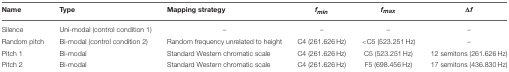
<table><thead><tr><td><b>Name</b></td><td><b>Type</b></td><td><b>Mapping strategy</b></td><td><b><i>f<sub><i>min</i></sub></i></b></td><td><b><i>f<sub><i>max</i></sub></i></b></td><td><b><i>Δf</i></b></td></tr></thead><tbody><tr><td>Silence</td><td>Uni-modal (control condition 1)</td><td>–</td><td>–</td><td>–</td><td>–</td></tr><tr><td>Random pitch</td><td>Bi-modal (control condition 2)</td><td>Random frequency unrelated to height</td><td>C4 (261.626 Hz)</td><td>&lt; C5 (523.251 Hz)</td><td>–</td></tr><tr><td>Pitch 1</td><td>Bi-modal</td><td>Standard Western chromatic scale</td><td>C4 (261.626 Hz)</td><td>C5 (523.251 Hz)</td><td>12 semitons (261.626 Hz)</td></tr><tr><td>Pitch 2</td><td>Bi-modal</td><td>Standard Western chromatic scale</td><td>C4 (261.626 Hz)</td><td>F5 (698.456 Hz)</td><td>17 semitons (436.830 Hz)</td></tr></tbody></table>